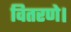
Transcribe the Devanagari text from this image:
वितरणे।